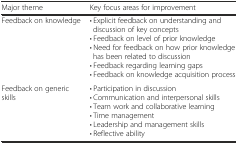
| Major theme | Key focus areas for improvement |
 | --- | --- |
 | Feedback on knowledge | • Explicit feedback on understanding anddiscussion of key concepts• Feedback on level of prior knowledge• Need for feedback on how prior knowledgehas been related to discussion• Feedback regarding learning gaps• Feedback on knowledge acquisition process |
 | Feedback on generic skills | • Participation in discussion• Communication and interpersonal skills• Team work and collaborative learning• Time management• Leadership and management skills• Reflective ability |